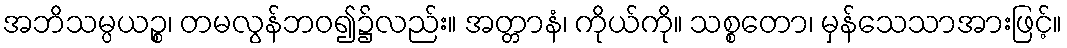
အဘိသမ္ပယဉ္စ၊ တမလွန်ဘဝ၍၌လည်း။ အတ္တာနံ၊ ကိုယ်ကို။ သစ္စတော၊ မှန်သေသာအားဖြင့်။